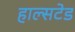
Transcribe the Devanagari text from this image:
हाल्सटेड